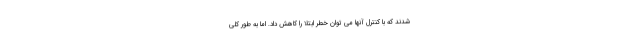
شدند که با کنترل آنها می توان خطر ابتلا را کاهش داد. اما به طور کلی